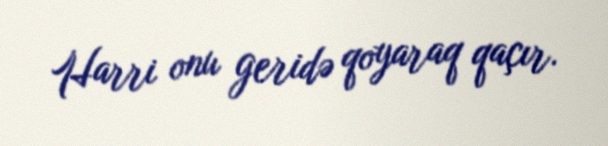
Harri onu geridə qoyaraq qaçır.